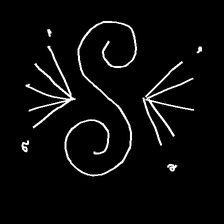
Glyph: aeroform